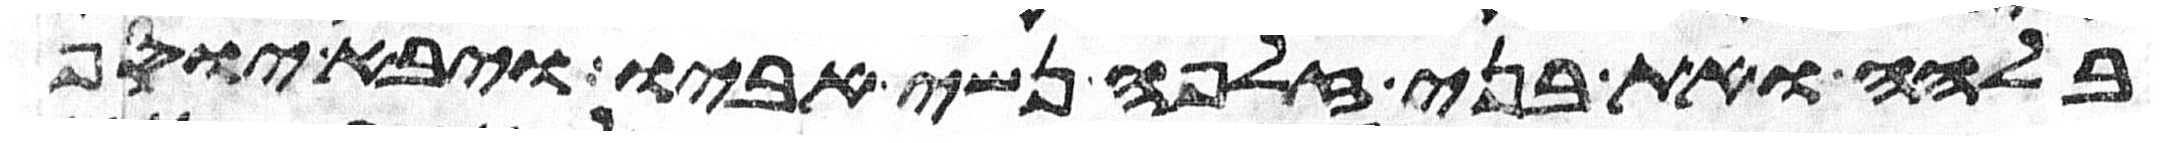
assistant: בלהה ואת בני זלפה נשי אביו ויבא יוסף